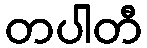
တပါတီ